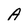
Character: A